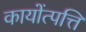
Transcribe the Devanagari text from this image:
कायोंत्पत्ति